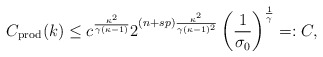
\begin{align*}C_{\textrm{prod}}(k)\leq c^{\frac{\kappa^2}{\gamma (\kappa-1)}}2^{(n+sp)\frac{\kappa^2}{\gamma (\kappa-1)^2}}\left(\frac{1}{\sigma_0}\right)^{\frac{1}{\gamma}}=:C,\end{align*}